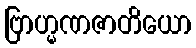
ဗြာဟ္မဏဇာတိယော